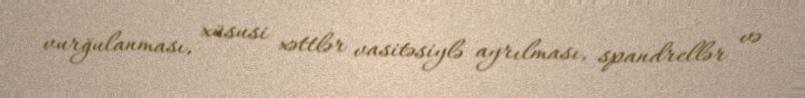
vurğulanması, xüsusi xəttlər vasitəsiylə ayrılması, spandrellər və